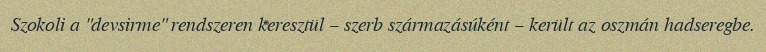
Szokoli a "devsirme" rendszeren keresztül – szerb származásúként – került az oszmán hadseregbe.